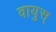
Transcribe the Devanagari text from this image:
वायुस्